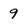
Character: 9